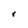
Character: r